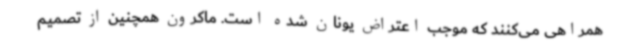
همراهی می‌کنند که موجب اعتراض یونان شده است. ماکرون همچنین از تصمیم